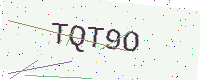
Text: TQT9O